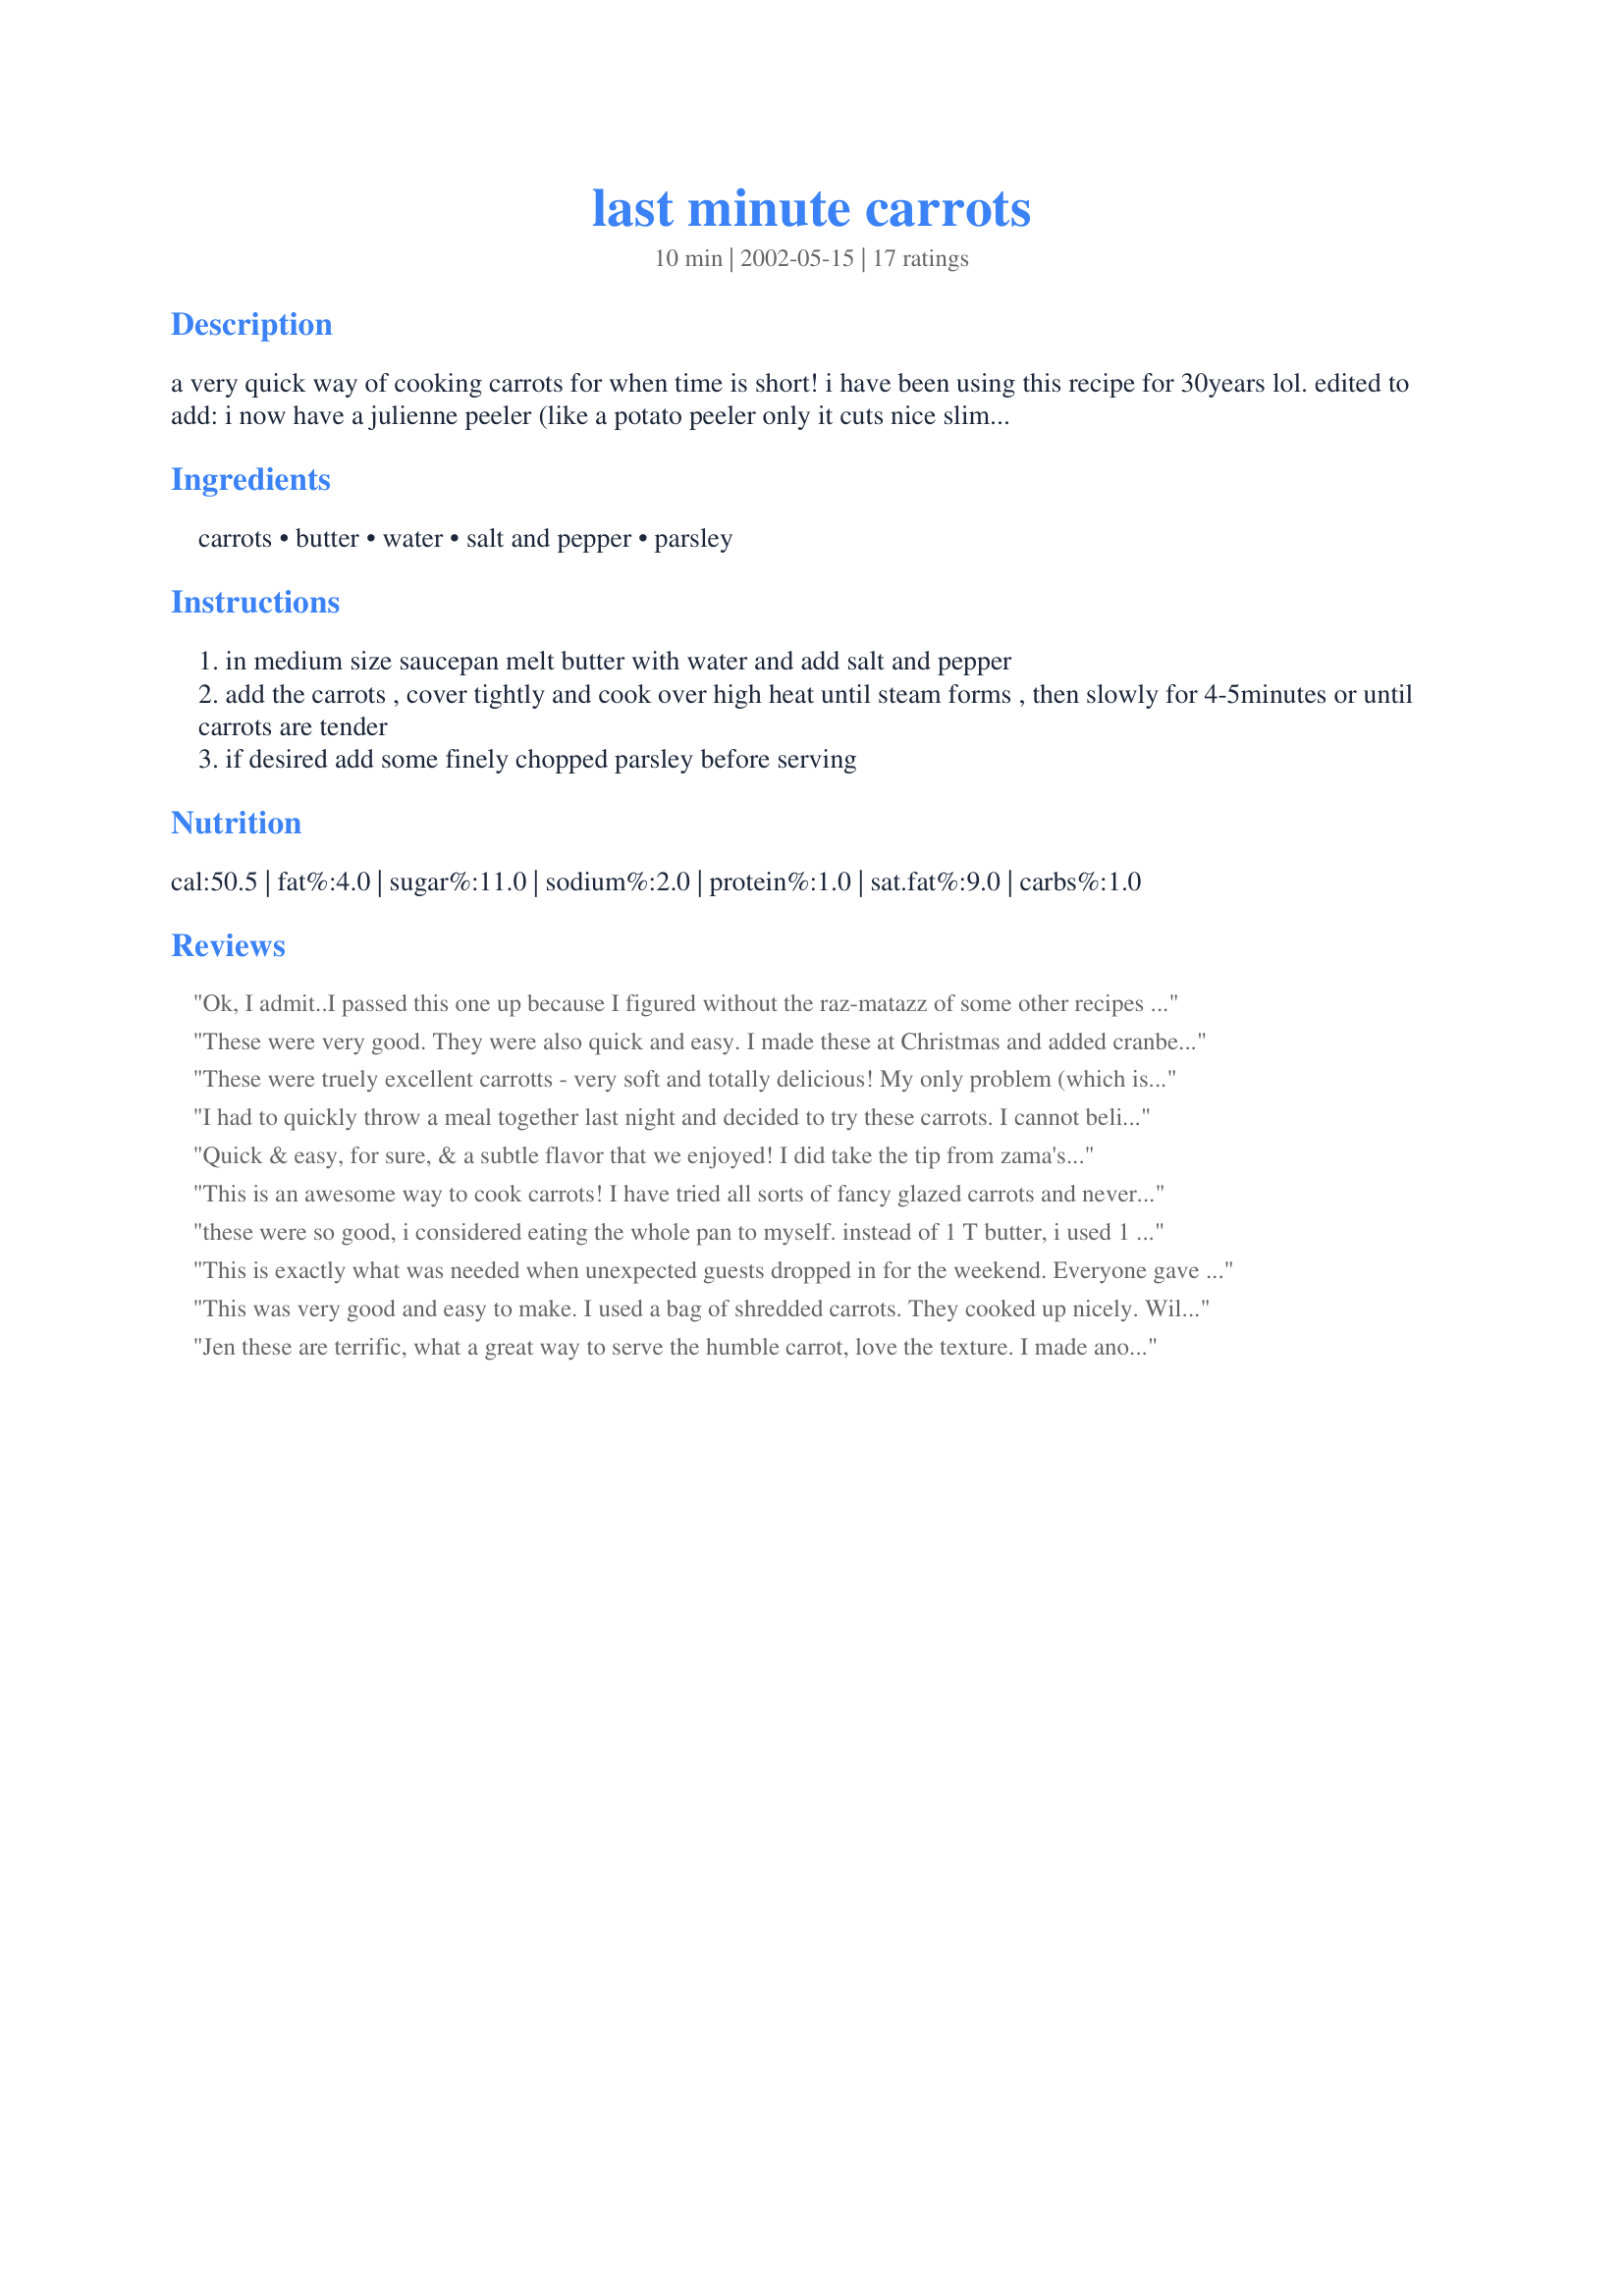
last minute carrots
Preparation time: 10 minutes

a very quick way of cooking carrots for when time is short! i have been using this recipe for 30years lol.
edited to add:
i now have a julienne peeler (like a potato peeler only it cuts nice slim sticks) and this recipe is ideal for cooking carrots shredded with it. :)

Ingredients:
carrots, butter, water, salt and pepper, parsley

Steps:
in medium size saucepan melt butter with water and add salt and pepper
add the carrots , cover tightly and cook over high heat until steam forms , then slowly for 4-5minutes or until carrots are tender
if desired add some finely chopped parsley before serving

Reviews:
Ok, I admit..I passed this one up because I figured without the raz-matazz of some other recipes this one couldn't measure up. 

Well, I was wrong! It's my new go-to carrot cooking method. I just slicked my baby carrots into thin rounds (1/8 inch thick or so) and my carrots were crisp tender and my kids just gobbled them up! I can't believe how easy this was...and tasty too! 

I used lemon pepper seasoning salt instead of parsley and that was a good flavor combo. I didn't have parsley.

Thank you! I love simplicity.
These were very good. They were also quick and easy. I made these at Christmas and added cranberries.
These were truely excellent carrotts - very soft and totally delicious! My only problem (which is not related to the recipe or directions in any way) was that my saucepan lids don't fit tightly at all so all the steam kept escaping!
I had to quickly throw a meal together last night and decided to try these carrots. I cannot believe how nice they where. I've been thinking about them all day today. LOL! I don't know what it is? Maybe the different texture but this is a recipe that I will use again and again. :o)
Quick & easy, for sure, & a subtle flavor that we enjoyed! I did take the tip from zama's review & added some dried cranberries, to dress them up, more than for any additional flavor (but that was nice, too)! [Made & reviewed in Healthy Choices ABC tag]
This is an awesome way to cook carrots! I have tried all sorts of fancy glazed carrots and never was happy with the end result. This was perfect, although I did add two tablespoons of brown sugar to make it mildly sweet. Great recipe and couldn't be easier!
these were so good, i considered eating the whole pan to myself. instead of 1 T butter, i used 1 t of olive oil and added dill weed and chives. whoa baby, talk about some good carrots. thanks a million jen!
This is exactly what was needed when unexpected guests dropped in for the weekend. Everyone gave in a definite 5 stars! Thanks for sharing.
...txgammi
This was very good and easy to make. I used a bag of shredded carrots. They cooked up nicely. Will be making this more often. Follwed the recipe as written.
Jen these are terrific, what a great way to serve the humble carrot, love the texture. I made another zaar recipe (Honey Balsamic Chicken 86586) and the flavours of that alongside this carrot dish were simply awesome. Thanks Jen.
You may want to add a little brown sugar to this recipe (1 tsp) would be just enough if you want a sweet taste. Or sprinkle some dried dill while cooking. Been making this similar recipe for quite a few years myself.
Exactly what I needed, quick carrots!! We were surprised at how good parsely was with carrots! never added it before to carrots. Very good nice simple recipe, and of course the butter made them perfect. Complimented our cod and rice pilaf dinner. Thanks for sharing.
Awesome recipe!!! I cooked this tonight and my husband (who does not like carrots, or most veggies) ate them! Even said they were good.
Very easy to make and a good last minute veggie.
I did not have fresh parsley, but added dried and it was very good.
I was looking for a quick and easy way to cook my carrots quickly after forgetting to throw them in my crockpot with my roast I made for valentines day today. These were so good and simple! Thanks for sharing!
I used this the last time I fixed baby carrots. I didn't have any canned and was making soup. Worked EXCELLENTLY! I just cut them up into small pieces, cooked them, and added them to my soup pot. I'll be using this the next time I make them for a side dish too. Thanks for a quick fixin' dish!
I wanted to try these out, so I made half a batch (with margarine) in the morning to take to work, but ended up finishing it on the spot! Extremely easy, quick and delicious.
This was so good. I used margarine instead of butter, and they truned out wonderful! And so soft! Thanks!
